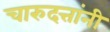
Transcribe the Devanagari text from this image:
चारुदत्तांनी